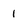
Character: 1